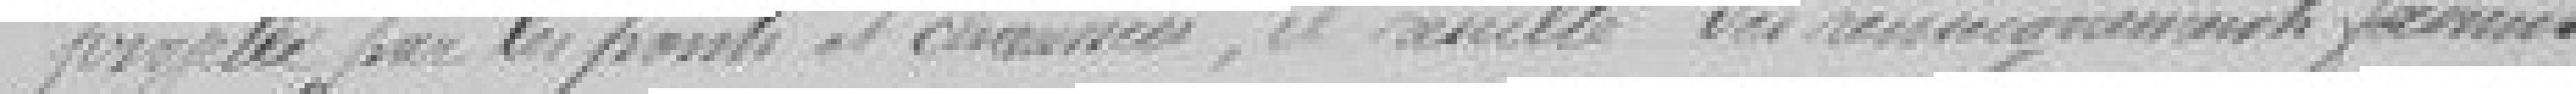
projeté par les ponts et chaussées, il résulte des renseignements fournis